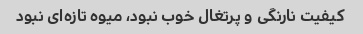
کیفیت نارنگی و پرتغال خوب نبود، میوه تازه‌ای نبود